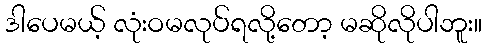
ဒါပေမယ့် လုံးဝမလုပ်ရလို့တော့ မဆိုလိုပါဘူး။